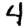
Digit: 4